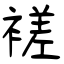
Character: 褨